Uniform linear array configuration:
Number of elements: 24
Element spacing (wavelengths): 0.75
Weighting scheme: hann
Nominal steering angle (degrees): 0
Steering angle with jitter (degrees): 1.46
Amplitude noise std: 0.05
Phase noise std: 0.05

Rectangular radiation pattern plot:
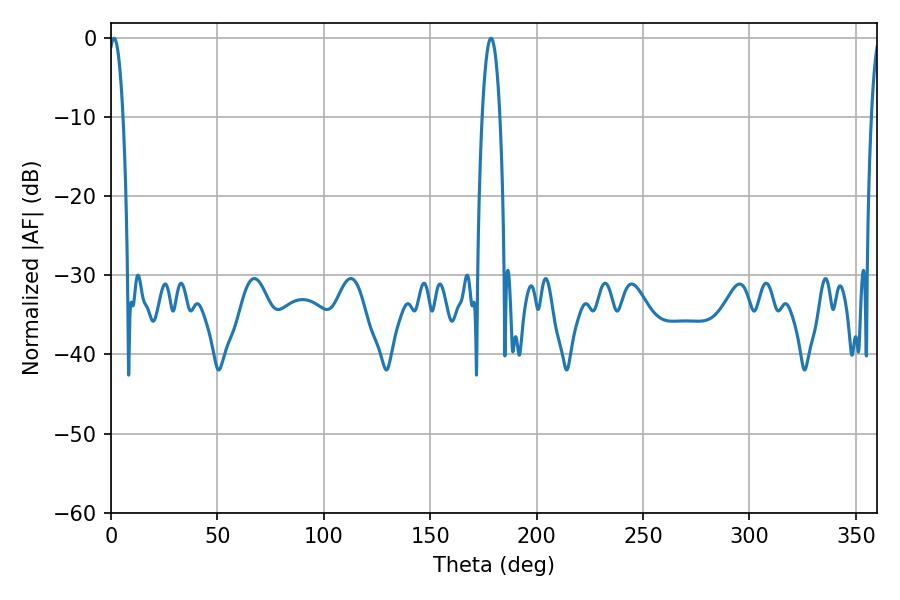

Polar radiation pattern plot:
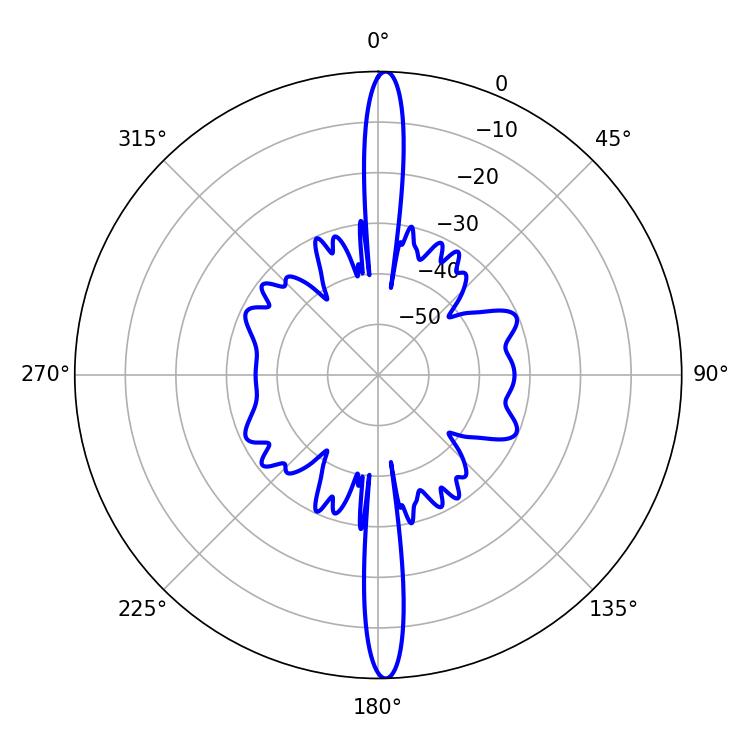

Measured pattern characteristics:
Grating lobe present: TRUE
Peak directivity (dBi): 26.538
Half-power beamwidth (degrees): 3.78
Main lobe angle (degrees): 1.44